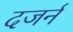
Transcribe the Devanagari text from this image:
दजर्न